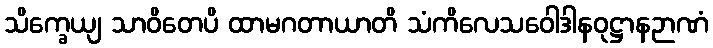
သိက္ခေယျ သာဝိတေပိ ထာမဂတာယာတိ သံကိလေသဝေါဒါနဝုဋ္ဌာနဉာဏံ